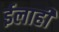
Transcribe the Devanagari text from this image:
ईलाही